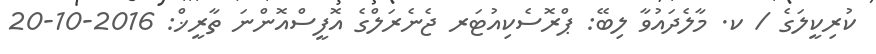
ކުރިކީލަގެ / ކ. މާލެދައުވާ ލިބޭ: ޕްރޮސެކިއުޓަރ ޖެނެރަލްގެ އޮފީސްއޮންނަ ތާރީޚް: 2016-10-20